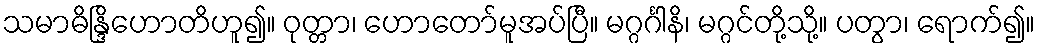
သမာဓိန္ဒြိဟောတိဟူ၍။ ဝုတ္တာ၊ ဟောတော်မူအပ်ပြီ။ မဂ္ဂင်္ဂါနိ၊ မဂ္ဂင်တို့သို့။ ပတွာ၊ ရောက်၍။